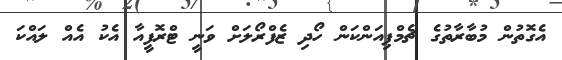
އެގޮތުން މުބާރާތުގެ ޗެމްޕިއަންކަން ހޯދި ޒެފްރޯލަށް ވަނީ ޓްރޮފީއާ އެކު އެއް ލައްކަ